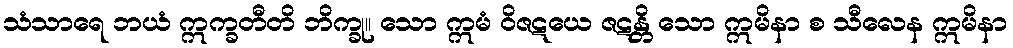
သံသာရေ ဘယံ ဣက္ခတီတိ ဘိက္ခု။ သော ဣမံ ဝိဇဋယေ ဇဋန္တိ သော ဣမိနာ စ သီလေန ဣမိနာ